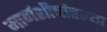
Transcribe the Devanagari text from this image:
मार्गशीर्षातल्या